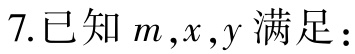
7.已知\(m,x,y\)满足：